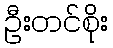
ဦးတင်စိုး